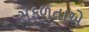
સફળતાએ